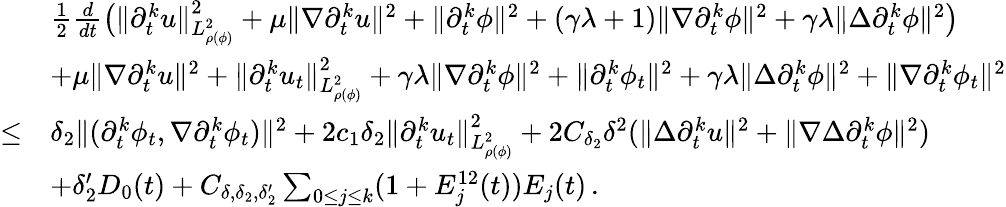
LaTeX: \begin{array}{rl}&{\frac{1}{2}\frac{d}{dt}\big(\| \partial_{t}^{k}u\| _{L_{\rho(\phi)}^{2}}^{2}+\mu\| \nabla\partial_{t}^{k}u\| ^{2}+\| \partial_{t}^{k}\phi\| ^{2}+(\gamma\lambda+1)\| \nabla\partial_{t}^{k}\phi\| ^{2}+\gamma\lambda\| \Delta\partial_{t}^{k}\phi\| ^{2}\big)}\\ &{+\mu\| \nabla\partial_{t}^{k}u\| ^{2}+\| \partial_{t}^{k}u_{t}\| _{L_{\rho(\phi)}^{2}}^{2}+\gamma\lambda\| \nabla\partial_{t}^{k}\phi\| ^{2}+\| \partial_{t}^{k}\phi_{t}\| ^{2}+\gamma\lambda\| \Delta\partial_{t}^{k}\phi\| ^{2}+\| \nabla\partial_{t}^{k}\phi_{t}\| ^{2}}\\ {\leq}&{\delta_{2}\| (\partial_{t}^{k}\phi_{t},\nabla\partial_{t}^{k}\phi_{t})\| ^{2}+2c_{1}\delta_{2}\| \partial_{t}^{k}u_{t}\| _{L_{\rho(\phi)}^{2}}^{2}+2C_{\delta_{2}}\delta^{2}(\| \Delta\partial_{t}^{k}u\| ^{2}+\| \nabla\Delta\partial_{t}^{k}\phi\| ^{2})}\\ &{+\delta_{2}^{\prime}D_{0}(t)+C_{\delta,\delta_{2},\delta_{2}^{\prime}}\sum_{0\leq j\leq k}(1+E_{j}^{12}(t))E_{j}(t)\, .}\end{array}